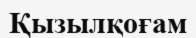
Қызылқоғам